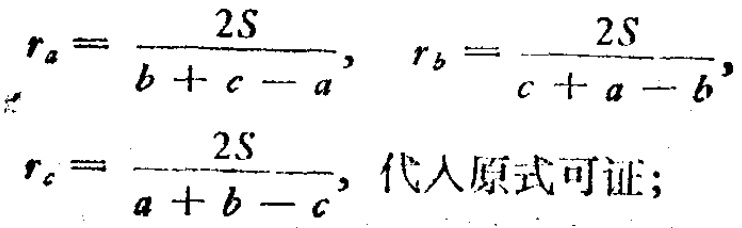
\[

r_a = \frac{2S}{b + c - a}, \quad r_b = \frac{2S}{c + a - b}, \\

r_c = \frac{2S}{a + b - c}, \text{ 代人原式可证;}

\]